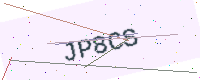
Text: JP8CS